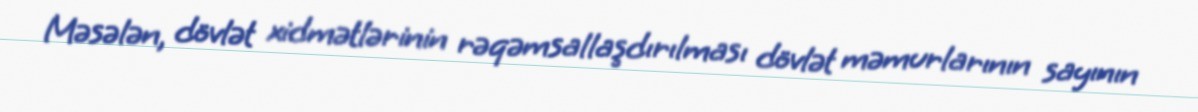
Məsələn, dövlət xidmətlərinin rəqəmsallaşdırılması dövlət məmurlarının sayının